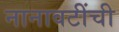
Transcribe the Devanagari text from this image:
नानावटींची